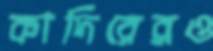
কাদিরেরও